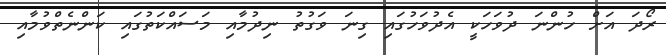
ރޯދަ އަށް ހުންނަ ދުވަހަކީ އެދުވަހުގައި ގިނަ ވަގުތު ނިދުމާއި މަސައްކަތުގައި ކަންނެތްވުމާއި